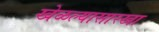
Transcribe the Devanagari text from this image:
खेळल्यासारखा